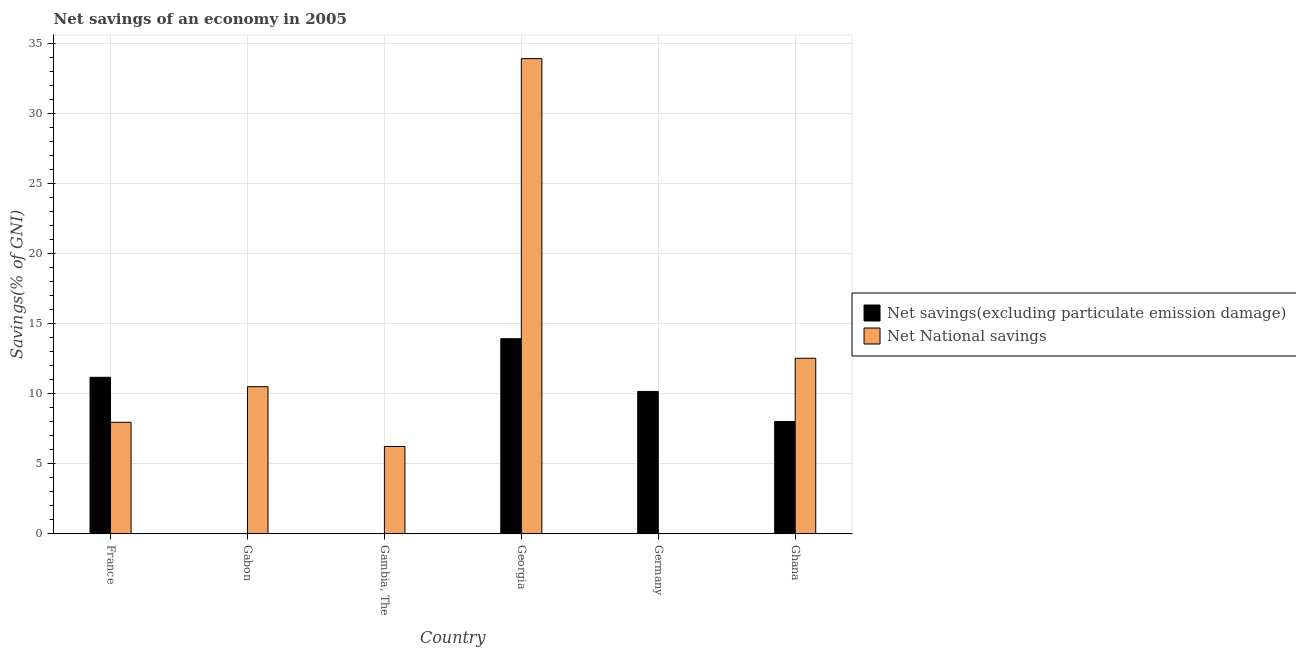
| Country | Net savings(excluding particulate emission damage) | Net National savings |
 | --- | --- | --- |
 | France | 11.2 | 7.96 |
 | Gabon | -0.969 | 10.5 |
 | Gambia, The | -9.25 | 6.24 |
 | Georgia | 13.9 | 33.9 |
 | Germany | 10.2 | -6.42 |
 | Ghana | 8.02 | 12.5 |